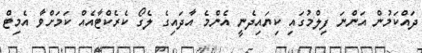
ދައްކަމުން އަންނަ ފިލްމުގައި ކިޔައިދެނީ އެންމެ އާދައިގެ ލެގޯ ކެރެކްޓާއެއް ކަމަށްވާ އެމިޓް